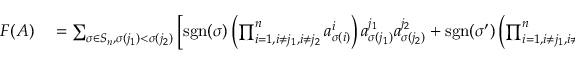
\begin{array} { r l } { F ( A ) } & { { } = \sum _ { \sigma \in S _ { n } , \sigma ( j _ { 1 } ) < \sigma ( j _ { 2 } ) } \left[ \operatorname { s g n } ( \sigma ) \left( \prod _ { i = 1 , i \neq j _ { 1 } , i \neq j _ { 2 } } ^ { n } a _ { \sigma ( i ) } ^ { i } \right) a _ { \sigma ( j _ { 1 } ) } ^ { j _ { 1 } } a _ { \sigma ( j _ { 2 } ) } ^ { j _ { 2 } } + \operatorname { s g n } ( \sigma ^ { \prime } ) \left( \prod _ { i = 1 , i \neq j _ { 1 } , i \neq j _ { 2 } } ^ { n } a _ { \sigma ^ { \prime } ( i ) } ^ { i } \right) a _ { \sigma ^ { \prime } ( j _ { 1 } ) } ^ { j _ { 1 } } a _ { \sigma ^ { \prime } ( j _ { 2 } ) } ^ { j _ { 2 } } \right] } \end{array}